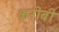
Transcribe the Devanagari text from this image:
करीबी